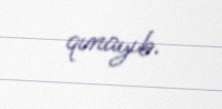
qınayıb.